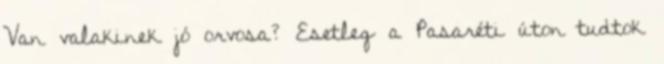
Van valakinek jó orvosa? Esetleg a Pasaréti úton tudtok